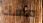
مسك